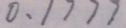
0 . 1 7 7 7